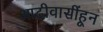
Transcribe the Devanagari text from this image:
आदीवासींहून